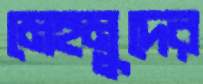
মেহমুদের